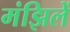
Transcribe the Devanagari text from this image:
मंझिलें